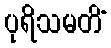
ပုရိသမတိံ